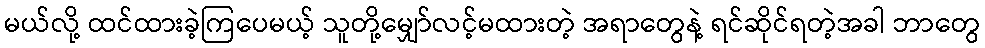
မယ်လို့ ထင်ထားခဲ့ကြပေမယ့် သူတို့မျှော်လင့်မထားတဲ့ အရာတွေနဲ့ ရင်ဆိုင်ရတဲ့အခါ ဘာတွေ